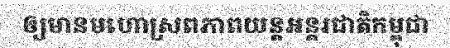
ឲ្យមានមហោស្រពភាពយន្តអន្តរជាតិកម្ពុជា